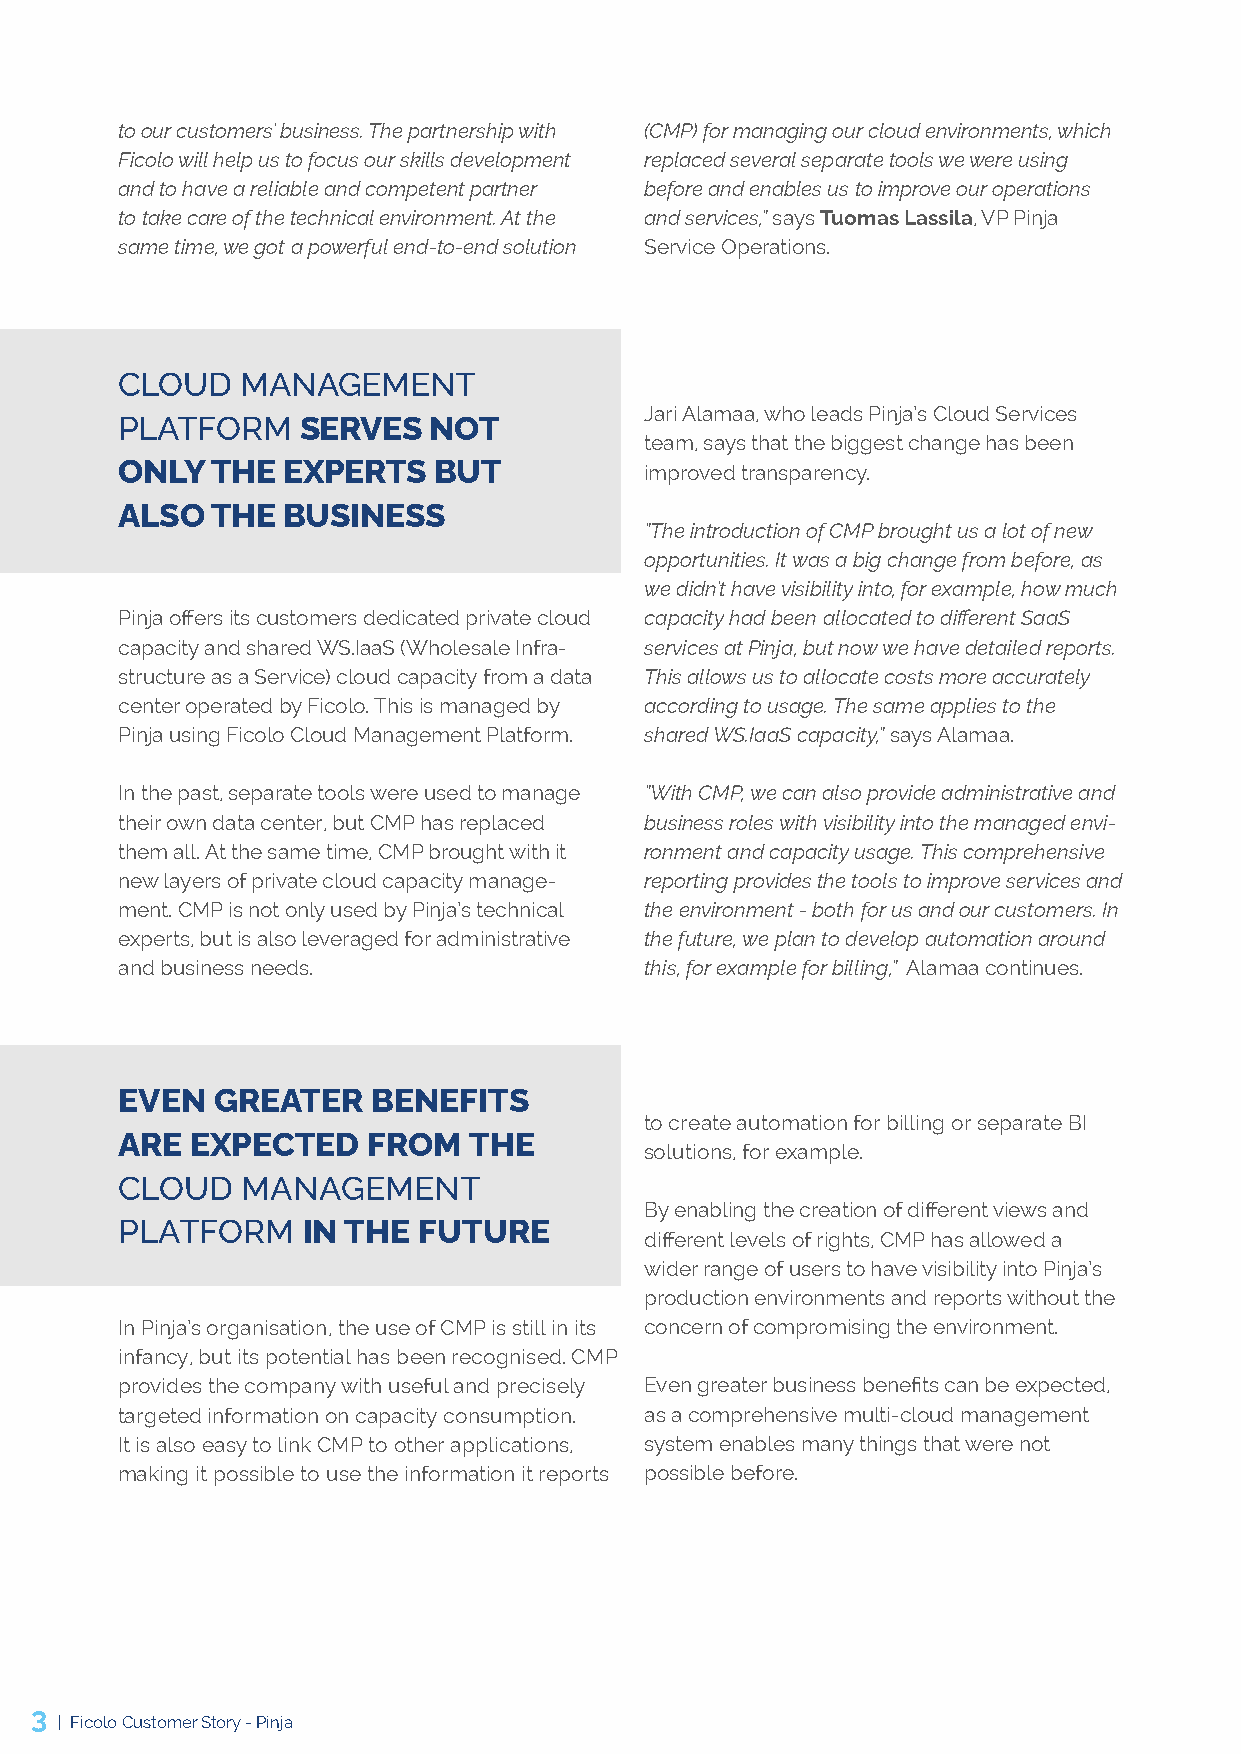
to our customers’ business. The partnership with (CMP) for managing our cloud environments, which
 Ficolo will help us to focus our skills development replaced several separate tools we were using
 and to have a reliable and competent partner before and enables us to improve our operations
 to take care of the technical environment. At the and services,” says Tuomas Lassila, VP Pinja
 same time, we got a powerful end-to-end solution Service Operations.
 CLOUD   MANAGEMENT
 Jari Alamaa, who leads Pinja’s Cloud Services
 PLATFORM    SERVES  NOT
 team, says that the biggest change has been
 ONLY  THE  EXPERTS   BUT           improved transparency.
 ALSO  THE  BUSINESS
 ”The introduction of CMP brought us a lot of new
 opportunities. It was a big change from before, as
 we didn’t have visibility into, for example, how much
 Pinja offers its customers dedicated private cloud capacity had been allocated to different SaaS
 capacity and shared WS.IaaS (Wholesale Infra- services at Pinja, but now we have detailed reports.
 structure as a Service) cloud capacity from a data This allows us to allocate costs more accurately
 center operated by Ficolo. This is managed by according to usage. The same applies to the
 Pinja using Ficolo Cloud Management Platform. shared WS.IaaS capacity,” says Alamaa.
 In the past, separate tools were used to manage ”With CMP, we can also provide administrative and
 their own data center, but CMP has replaced business roles with visibility into the managed envi-
 them all. At the same time, CMP brought with it ronment and capacity usage. This comprehensive
 new layers of private cloud capacity manage- reporting provides the tools to improve services and
 ment. CMP is not only used by Pinja’s technical the environment - both for us and our customers. In
 experts, but is also leveraged for administrative the future, we plan to develop automation around
 and business needs.                this, for example for billing,” Alamaa continues.
 EVEN  GREATER    BENEFITS
 to create automation for billing or separate BI
 ARE  EXPECTED   FROM   THE
 solutions, for example.
 CLOUD   MANAGEMENT
 By enabling the creation of different views and
 PLATFORM    IN THE  FUTURE
 different levels of rights, CMP has allowed a
 wider range of users to have visibility into Pinja’s
 production environments and reports without the
 In Pinja’s organisation, the use of CMP is still in its concern of compromising the environment.
 infancy, but its potential has been recognised. CMP
 provides the company with useful and precisely Even greater business benefits can be expected,
 targeted information on capacity consumption. as a comprehensive multi-cloud management
 It is also easy to link CMP to other applications, system enables many things that were not
 making it possible to use the information it reports possible before.
 3
 | Ficolo Customer Story - Pinja